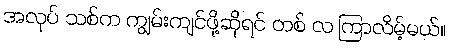
အလုပ် သစ်က ကျွမ်းကျင်ဖို့ဆိုရင် တစ် လ ကြာလိမ့်မယ်။